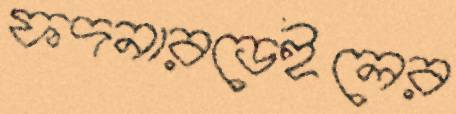
ফদনারডেইলের